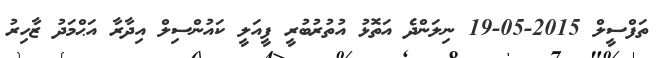
ތަފްސީލް 2015-05-19 ނިލަންދެ އަތޮޅު އުތުރުބުރީ ފީއަލީ ކައުންސިލް އިދާރާ އަޙްމަދު ޒާހިރު